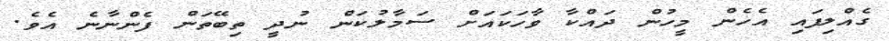
ގެއްލިފައި އެހެން މީހުން ދައްކާ ވާހަކައަށް ސަމާލުކަން ނުދީ ތިބޭތަން ފެންނާނެ އެވެ.